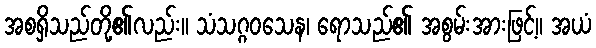
အစရှိသည်တို့၏လည်း။ သံသဂ္ဂဝသေန၊ ရောသည်၏ အစွမ်းအားဖြင့်။ အယံ